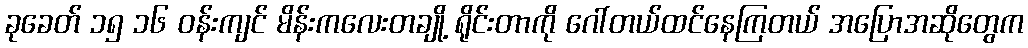
ခုခေတ် ၁၅ ၁၆ ဝန်းကျင် မိန်းကလေးတချို့ ရိုင်းတာကို ဂေါ်တယ်ထင်နေကြတယ် အပြောအဆိုတွေက